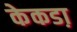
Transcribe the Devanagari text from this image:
केकडा़